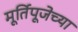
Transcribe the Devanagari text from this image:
मूर्तिपूजेच्या